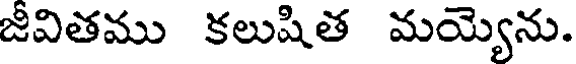
జీవితము కలుషిత మయ్యెను.